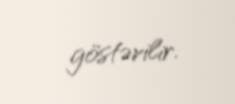
göstərilir.